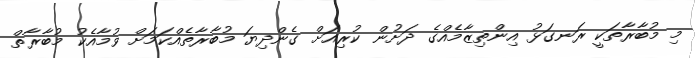
މި މުބާރާތަކީ ރަނގަޅު އިންތިޒާމެއްގެ ދަށުން ކުރިއަށް ގެންދިޔަ މުބާރާތެއްކަމަށް ވުމާއެކު މުބާރާތް